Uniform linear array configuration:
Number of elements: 12
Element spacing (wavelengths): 0.75
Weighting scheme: kaiser
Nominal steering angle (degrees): -15
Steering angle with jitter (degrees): -16.248
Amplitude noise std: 0.05
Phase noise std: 0.05

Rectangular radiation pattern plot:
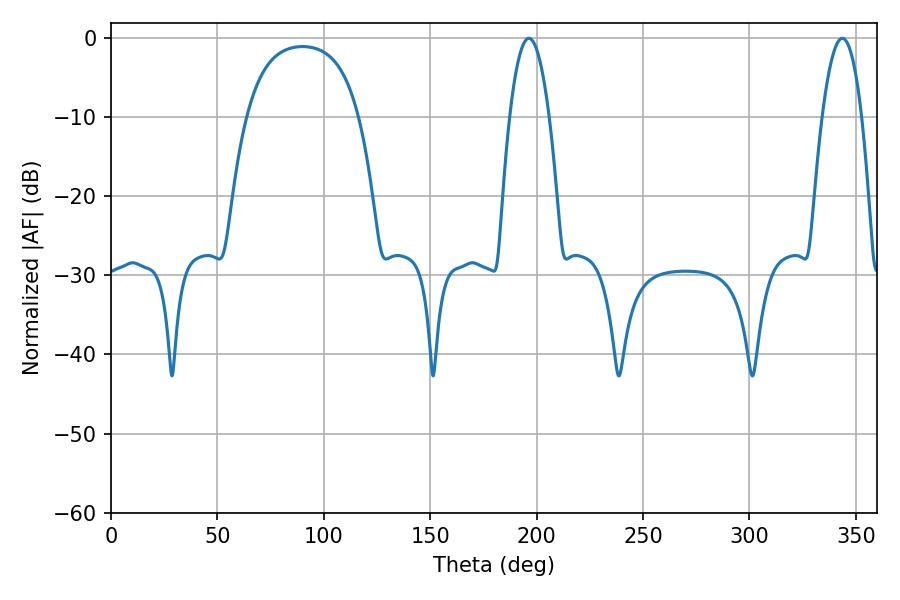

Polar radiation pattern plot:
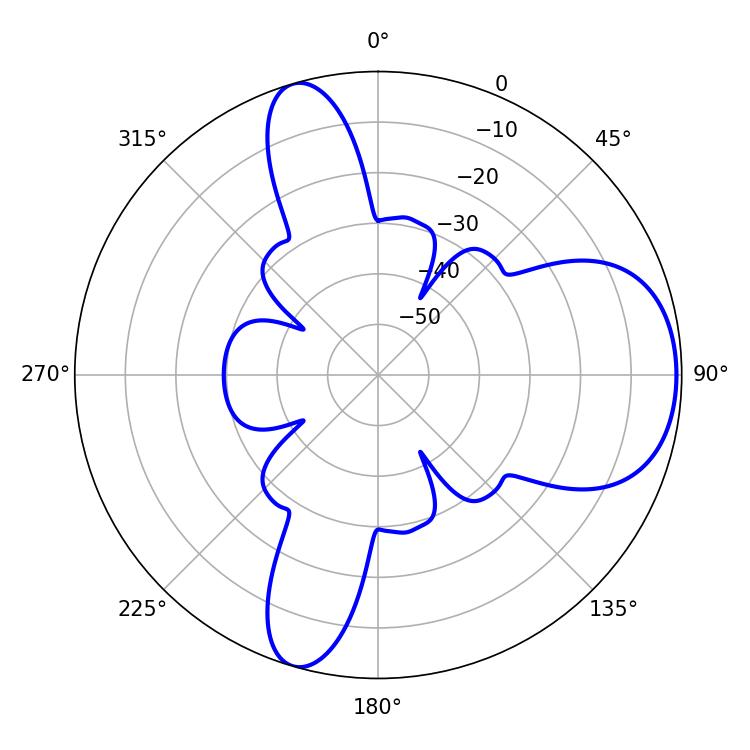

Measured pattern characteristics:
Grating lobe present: TRUE
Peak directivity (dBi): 7.324
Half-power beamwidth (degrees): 10.26
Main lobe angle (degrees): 196.38